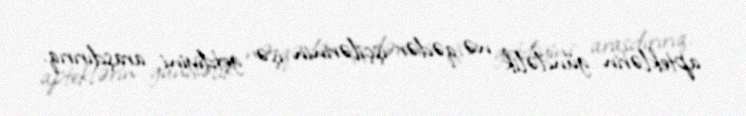
apteklərin gündəlik nə qədər işçilərinin işə getdiyini araşdırırıq.